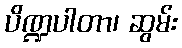
ပိဏ္ဍပါတာ၊ ဆွမ်း